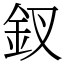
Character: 釵